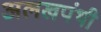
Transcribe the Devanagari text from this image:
अलखपंथी